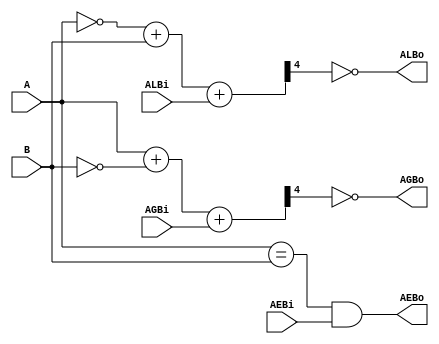
// COMPARADOR -------------------------------------------------------
module comparador_85 (ALBi, AGBi, AEBi, A, B, ALBo, AGBo, AEBo);

    input[3:0] A, B;
    input      ALBi, AGBi, AEBi;
    output     ALBo, AGBo, AEBo;
    wire[4:0]  CSL, CSG;

    assign CSL  = ~A + B + ALBi;
    assign ALBo = ~CSL[4];
    assign CSG  = A + ~B + AGBi;
    assign AGBo = ~CSG[4];
    assign AEBo = ((A == B) && AEBi);

endmodule /* comparador_85 */